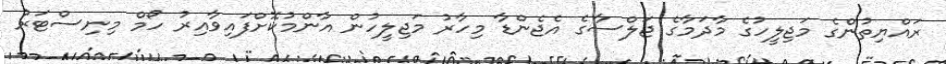
ރައްޔިތުންގެ މަޖިލީހުގެ މާދަމާގެ ޖަލްސާގެ އެޖެންޑާ މިހާރު މަޖިލީހުން އާންމުކޮށްފައިވާއިރު ހޯމް މިނިސްޓަރު